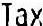
TAX